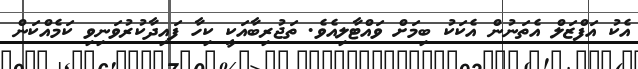
އެކު އަފްޒަލް އެތަނުން އެކަކު ބިމަށް ވައްޓާލިއެވެ. ތަޖުރިބާއަކީ ކިހާ ފައިދާކުރުވަނިވި ކަމެއްކަން